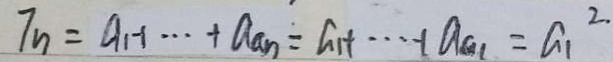
T _ { n } = a _ { 1 } + \cdots + a _ { a n } = a _ { 1 } + \cdots + a _ { a _ { 1 } } = a _ { 1 } ^ { 2 }